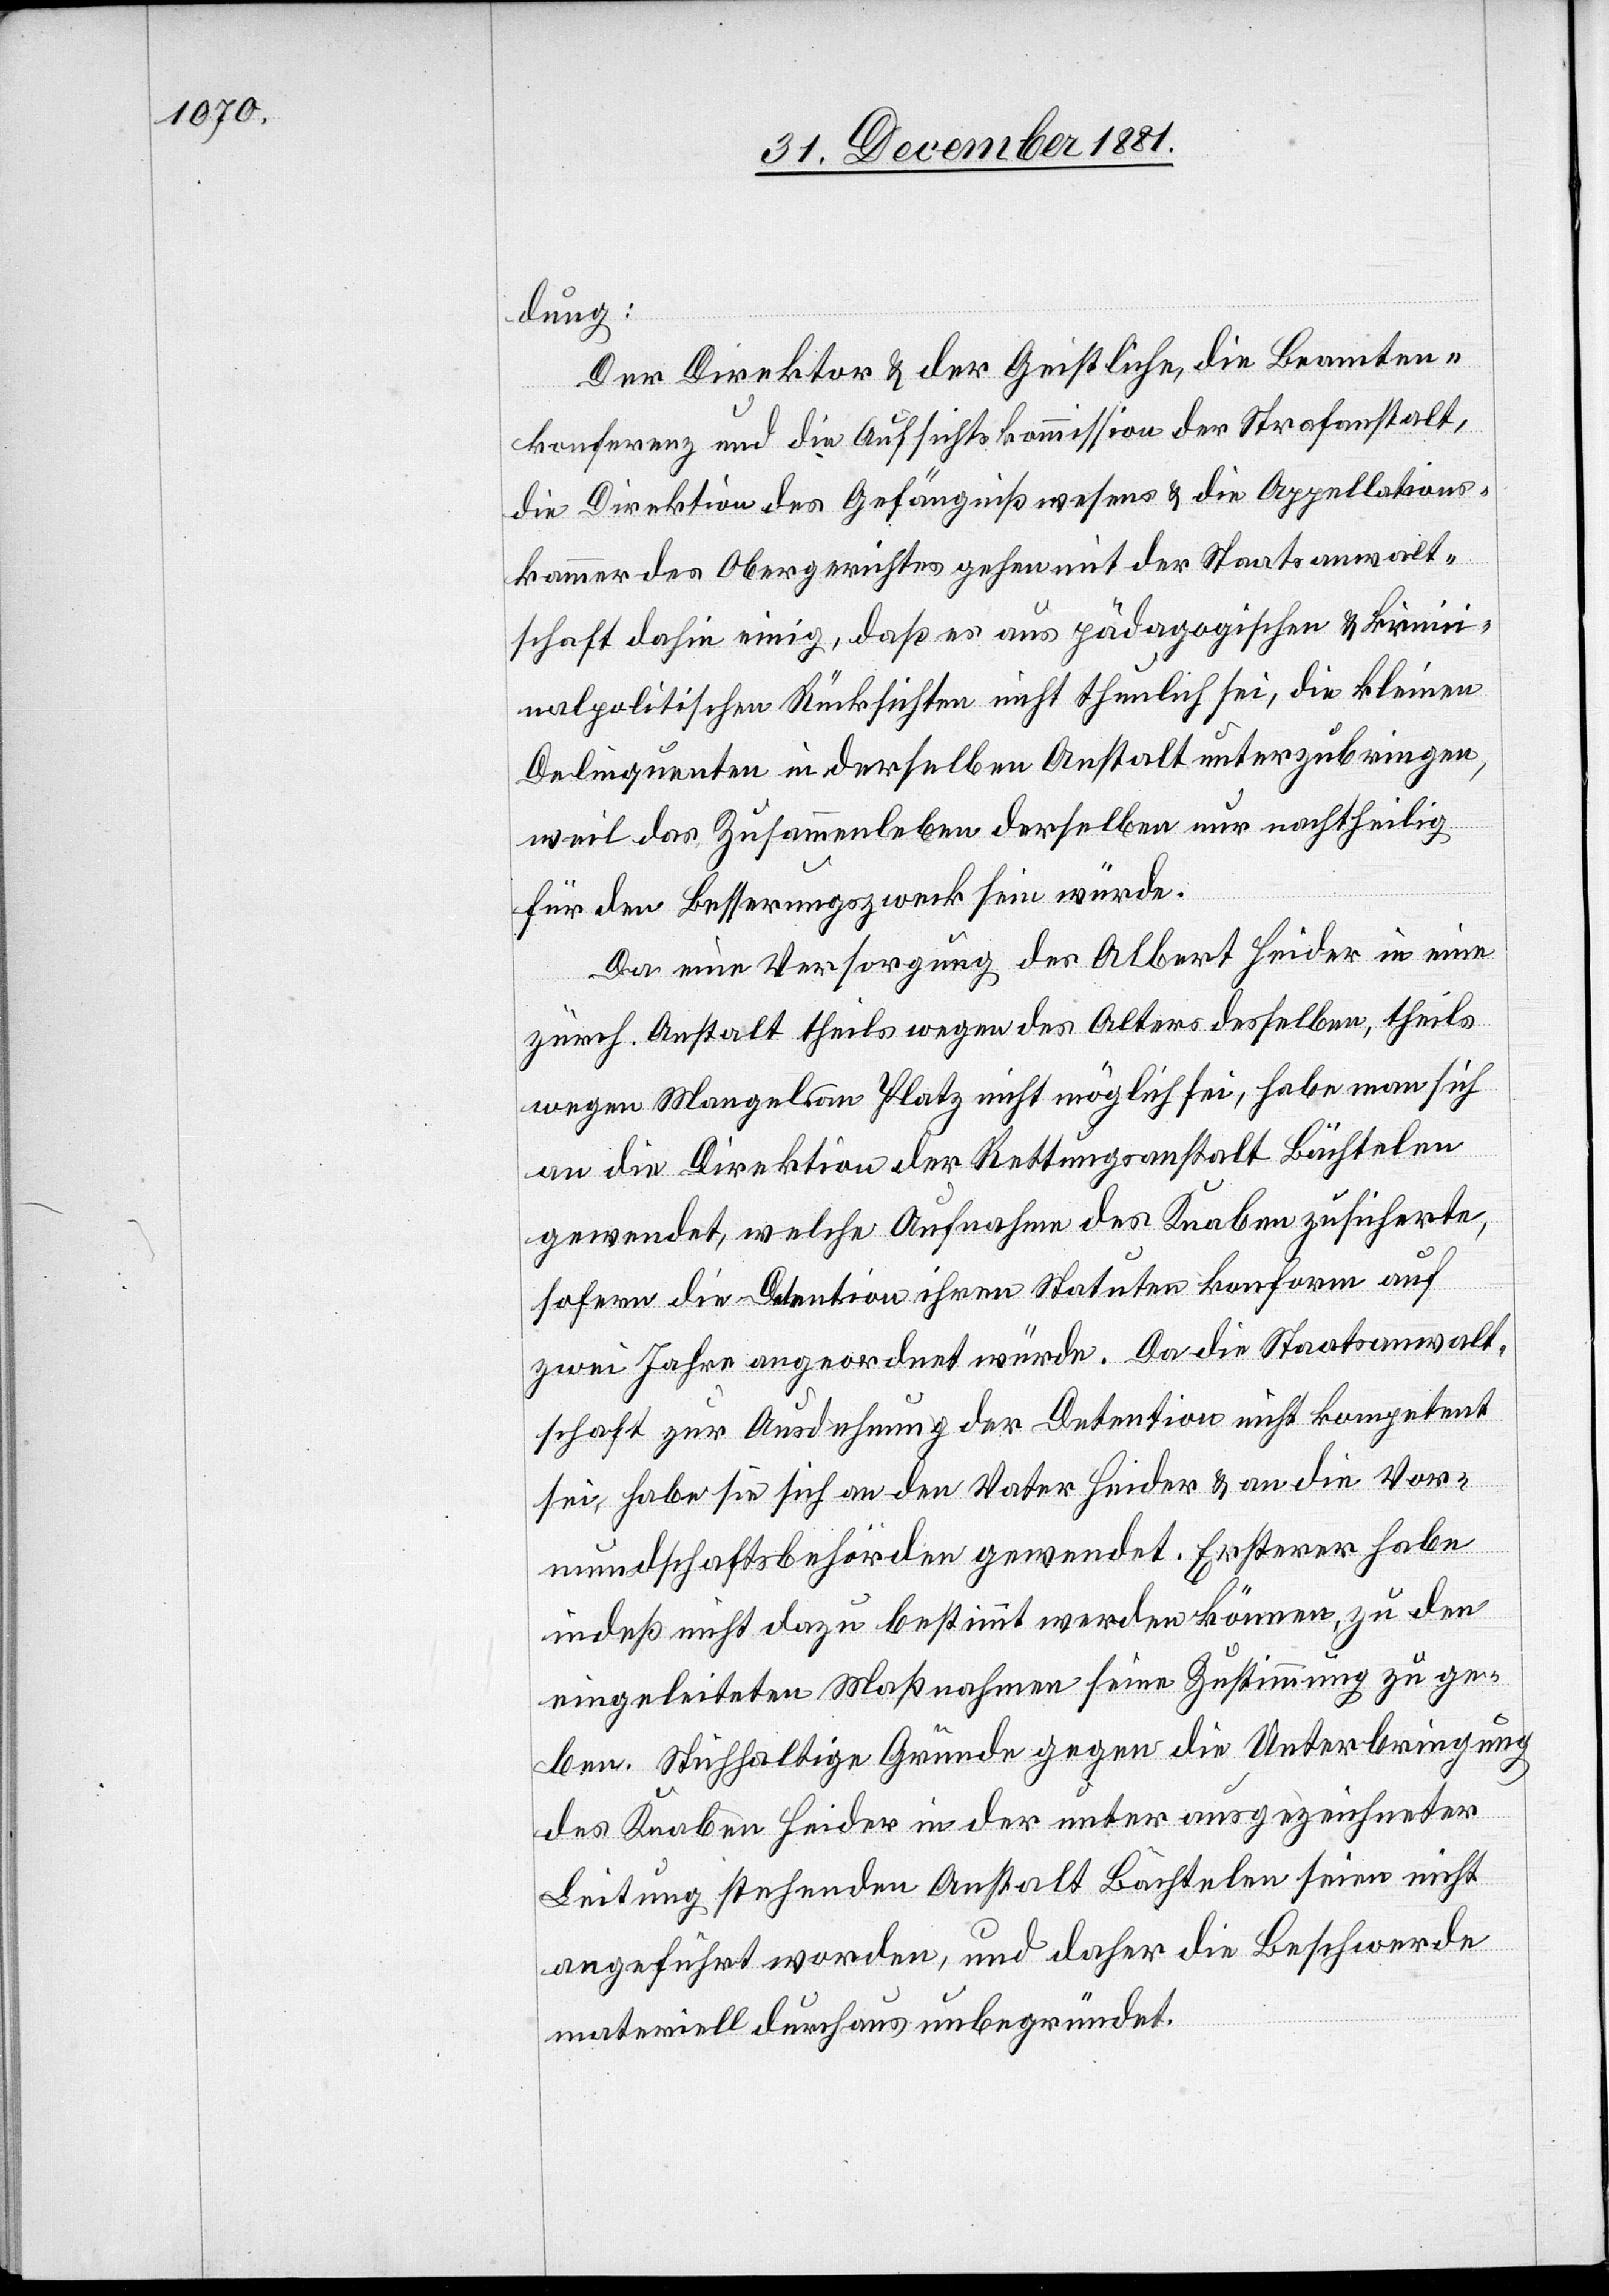
dung:
Der Direktor & der Geistliche, die Beamten¬
konferenz und die Aufsichtskommission der Strafanstalt,
die Direktion des Gefängnißwesens & die Appellations¬
kammer des Obergerichtes gehen mit der Staatsanwalt¬
schaft dahin einig, daß es aus pädagogischer & krim¬
inalpolitischen Rücksichten nicht thunlich sei, die kleinen
Delinquenten in derselben Anstalt unterzubringen,
weil das Zusammenleben derselben nur nachtheilig
für den Besserungszweck sein würde.
Da eine Versorgung des Albert Heider in eine
zürch. Anstalt theils wegen des Alters desselben, theils
wegen Mangels an Platz nicht möglich sei, habe man sich
an die Direktion der Rettungsanstalt Bächtelen
gewendet, welche Aufnahme des Knaben zusicherte,
sofern die Detention ihren Statuten konform auf
zwei Jahre angeordnet würde. Da die Staatsanwalt¬
schaft zur Ausdehnung der Detention nicht kompetent
sei, habe sie sich an den Vater Heider & an die Vor¬
mundschaftsbehörden gewendet. Ersterer habe
indeß nicht dazu bestimmt werden können, zu den
eingeleiteten Maßnahmen seine Zustimmung zu ge¬
ben. Stichhaltige Gründe gegen die Unterbringung
des Knaben Heider in der unter ausgezeichneter
Leitung stehenden Anstalt Bächtelen seien nicht
angeführt worden, und daher die Beschwerde
materiell durchaus unbegründet.